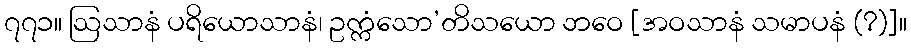
၇၇၁။ ဩသာနံ ပရိယောသာနံ၊ ဥက္ကံသော’တိသယော ဘဝေ [အဝသာနံ သမာပနံ (?)]။